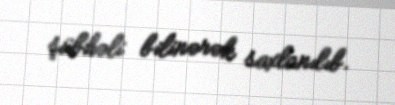
şübhəli bilinərək saxlanılıb.